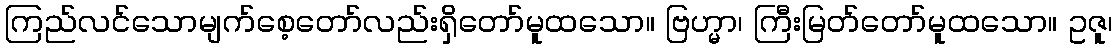
ကြည်လင်သောမျက်စေ့တော်လည်းရှိတော်မူထသော။ ဗြဟ္မာ၊ ကြီးမြတ်တော်မူထသော။ ဥဇူ၊